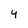
Character: 4